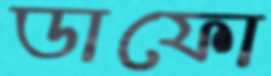
ডাফো